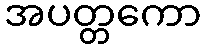
အပတ္တကော